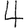
Digit: 4